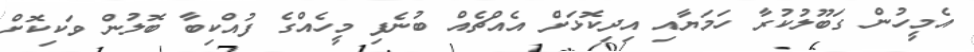
އެމީހުން ގަބޫލުކުރާ ހަމަޔާއި އިދިކޮޅަށް އެއްޗެއް ބުނެފި މީހެއްގެ ފުއްކިބާ ބޮލުން ވަކިކޮށް